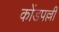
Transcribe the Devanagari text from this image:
कोंडपल्ली